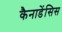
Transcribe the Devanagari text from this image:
कैनाडेंसिस